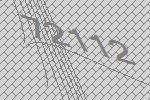
72112